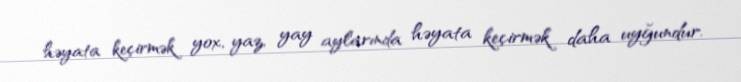
həyata keçirmək yox, yaz, yay aylarında həyata keçirmək daha uyğundur.